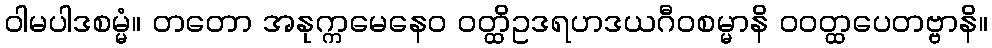
ဝါမပါဒစမ္မံ။ တတော အနုက္ကမေနေဝ ဝတ္ထိဥဒရဟဒယဂီဝစမ္မာနိ ဝဝတ္ထပေတဗ္ဗာနိ။